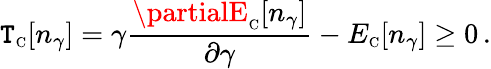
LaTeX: \mathtt{T}_{\scriptscriptstyle\mathrm{{C}}}[n_{\gamma}]=\gamma\frac{{\partialE_{\scriptscriptstyle\mathrm{{C}}}[n_{\gamma}]}}{{\partial\gamma}}-E_{\scriptscriptstyle\mathrm{{C}}}[n_{\gamma}]\geq0\, .